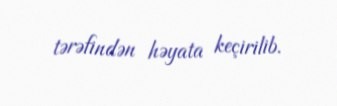
tərəfindən həyata keçirilib.